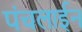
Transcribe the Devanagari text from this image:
पंचलाईन